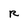
Character: R